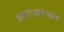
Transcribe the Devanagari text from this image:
आउरपचक्खाण